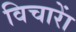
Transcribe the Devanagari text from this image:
विचाराें